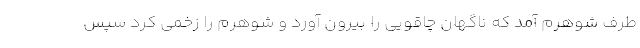
طرف شوهرم آمد که ناگهان چاقویی را بیرون آورد و شوهرم را زخمی کرد سپس